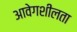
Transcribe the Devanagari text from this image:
आवेगशीलता